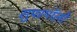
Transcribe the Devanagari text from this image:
सुपरमॉलों